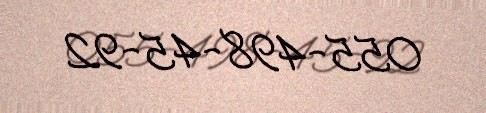
055-498-45-92